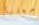
لأجعلها